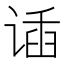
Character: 𬤌